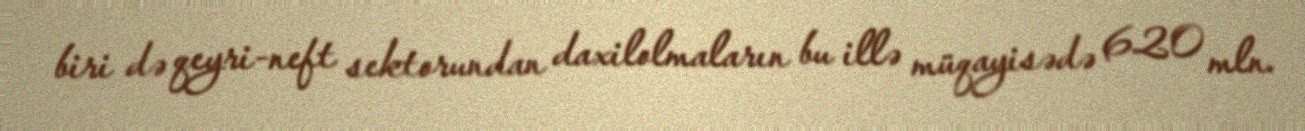
biri də qeyri-neft sektorundan daxilolmaların bu illə müqayisədə 620 mln.